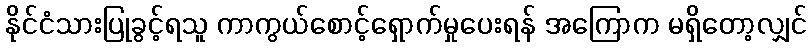
နိုင်ငံသားပြုခွင့်ရသူ ကာကွယ်စောင့်ရှောက်မှုပေးရန် အကြောက မရှိတော့လျှင်